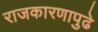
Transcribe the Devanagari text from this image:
राजकारणापुढे